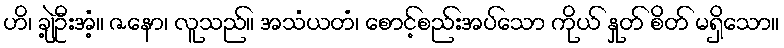
ဟိ၊ ချဲ့ဦးအံ့။ ဇနော၊ လူသည်။ အသံယတံ၊ စောင့်စည်းအပ်သော ကိုယ် နှုတ် စိတ် မရှိသော။